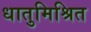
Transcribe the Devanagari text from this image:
धातुमिश्रित